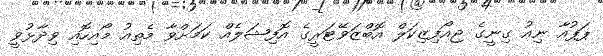
ޕަޕުއާ ނިއު ގިނީގެ ޖިއޯފިޒިކަލް އޮބްޒަވޭޓަރީގެ އޮފިޝަލެއް ކަމަށްވާ މެތިއު މޯއިހޮއި ވިދާޅުވީ